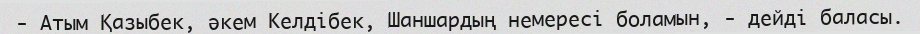
- Атым Қазыбек, әкем Келдібек, Шаншардың немересі боламын, - дейді баласы.